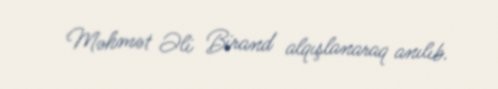
Məhmət Əli Birand alqışlanaraq anılıb.